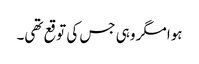
ہوا مگر وہی جس کی توقع تھی۔